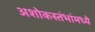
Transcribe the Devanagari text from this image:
अशोकस्तंभांमध्ये